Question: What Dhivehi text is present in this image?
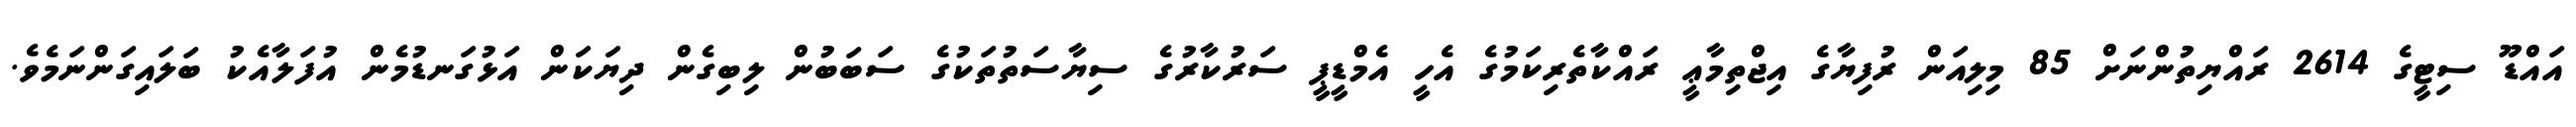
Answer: އައްޑޫ ސިޓީގެ 2614 ރައްޔިތުންނަށް 85 މިލިއަން ރުފިޔާގެ އިޖްތިމާޢީ ރައްކާތެރިކަމުގެ އެހީ އެމްޑީޕީ ސަރުކާރުގެ ސިޔާސަތުތަކުގެ ސަބަބުން ލިބިގެން ދިޔަކަން އަޅުގަނޑުމެން އުފަލާއެކު ބަލައިގަންނަމެވެ.